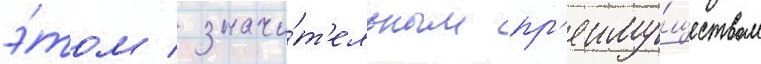
э́том / значи́т'ельным пр'еиму́ществом